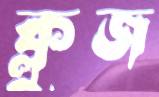
ক্লুজ